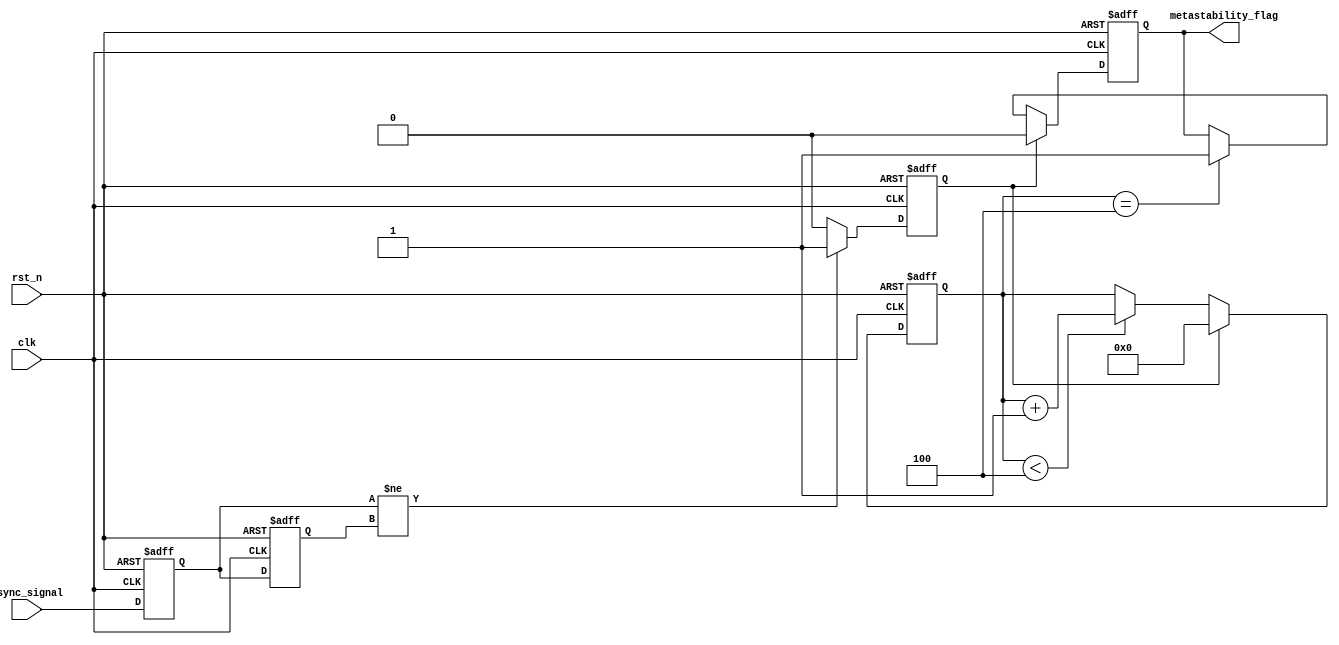
module metastability_detector (
    input wire clk,                 // System clock
    input wire rst_n,              // Active low reset
    input wire async_signal,        // Asynchronous input signal
    output reg metastability_flag    // Metastability detection flag
);

    // Parameters
    parameter PULSE_WIDTH = 1;      // Pulse width for detection
    parameter MONITOR_DURATION = 4;  // Duration to monitor metastability

    // Internal signals
    reg async_ff1;                  // First flip-flop to sample async_signal
    reg async_ff2;                  // Second flip-flop to sample async_ff1
    reg pulse;                      // Pulse signal
    reg [3:0] monitor_counter;      // Counter for monitoring metastability

    // Asynchronous input sampling
    always @(posedge clk or negedge rst_n) begin
        if (!rst_n) begin
            async_ff1 <= 1'b0;
            async_ff2 <= 1'b0;
        end else begin
            async_ff1 <= async_signal;  // Sample the asynchronous input
            async_ff2 <= async_ff1;      // Second-stage sampling
        end
    end

    // Pulse generation on async_ff1 output transition
    always @(posedge clk or negedge rst_n) begin
        if (!rst_n) begin
            pulse <= 1'b0;
        end else begin
            // Generate a pulse if async_ff1 changes
            if (async_ff1 != async_ff2) begin
                pulse <= 1'b1;
            end else begin
                pulse <= 1'b0;
            end
        end
    end

    // Metastability detection logic
    always @(posedge clk or negedge rst_n) begin
        if (!rst_n) begin
            metastability_flag <= 1'b0;
            monitor_counter <= 4'b0;
        end else begin
            // If pulse is detected, reset the counter
            if (pulse) begin
                monitor_counter <= 4'b0;
                metastability_flag <= 1'b0; // Clear the metastability flag
            end else begin
                // Increment the counter until it reaches MONITOR_DURATION
                if (monitor_counter < MONITOR_DURATION) begin
                    monitor_counter <= monitor_counter + 1'b1;
                end
                // If the counter reaches the specified duration, set the flag
                if (monitor_counter == MONITOR_DURATION) begin
                    metastability_flag <= 1'b1; // Assert the metastability flag
                end
            end
        end
    end

endmodule